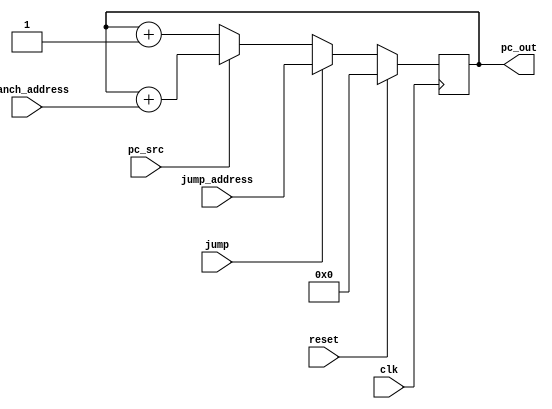
module PC #(parameter N=32)(
    input clk,
    input reset,
    input jump,
    input pc_src, // Branch signal
    input [N-1:0] jump_address,
    input [N-1:0] branch_address, // Branch address input
    output reg [N-1:0] pc_out
);

always @(posedge clk) begin
    if (reset)
        pc_out <= 0;
    else
	 begin
        if (jump)
            pc_out <= jump_address;
        else if (pc_src)         
            pc_out <= pc_out+ branch_address;
      else       
     pc_out <= pc_out + 1; 
    end 
end

endmodule